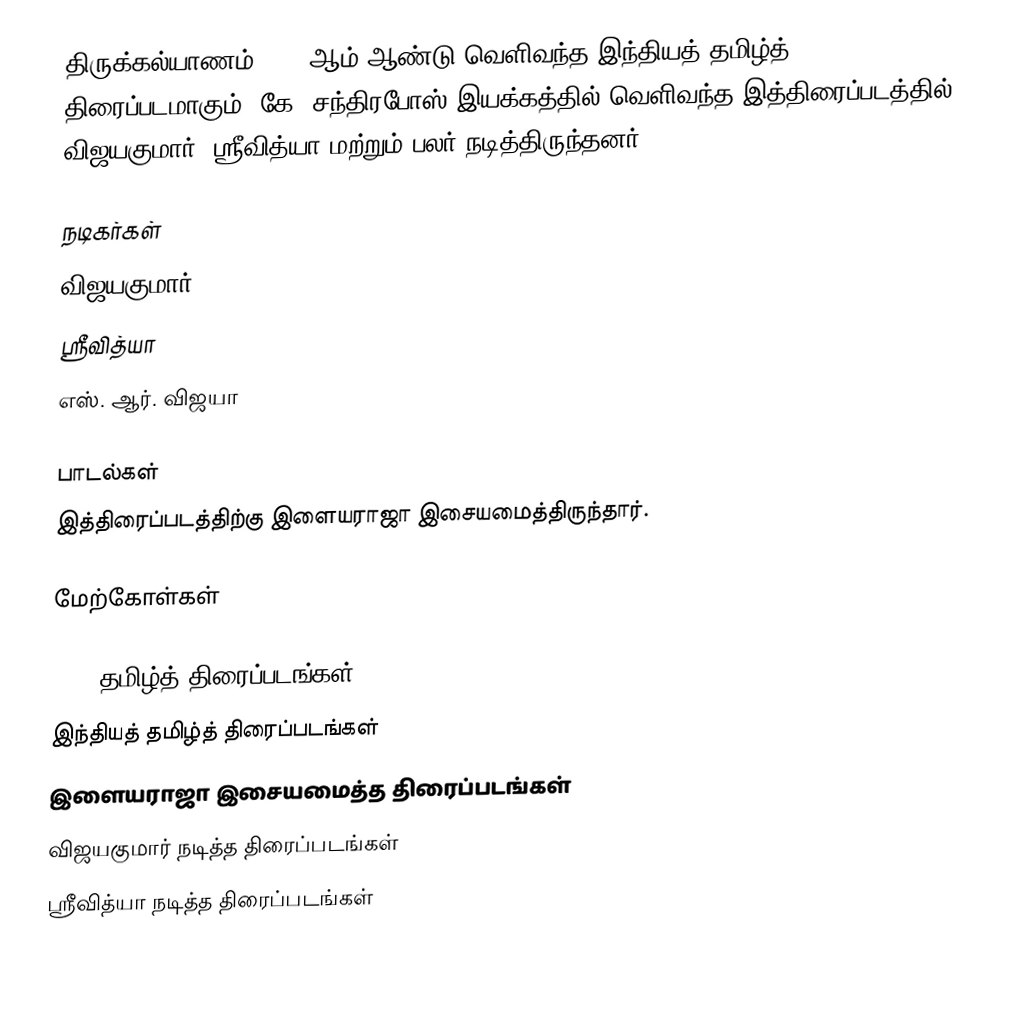
திருக்கல்யாணம் 1978 ஆம் ஆண்டு வெளிவந்த இந்தியத் தமிழ்த் திரைப்படமாகும். கே. சந்திரபோஸ் இயக்கத்தில் வெளிவந்த இத்திரைப்படத்தில் விஜயகுமார், ஸ்ரீவித்யா மற்றும் பலர் நடித்திருந்தனர்.

நடிகர்கள்
விஜயகுமார்
ஸ்ரீவித்யா
எஸ். ஆர். விஜயா

பாடல்கள்
இத்திரைப்படத்திற்கு இளையராஜா இசையமைத்திருந்தார்.

மேற்கோள்கள்

1978 தமிழ்த் திரைப்படங்கள்
இந்தியத் தமிழ்த் திரைப்படங்கள்
இளையராஜா இசையமைத்த திரைப்படங்கள்
விஜயகுமார் நடித்த திரைப்படங்கள்
ஸ்ரீவித்யா நடித்த திரைப்படங்கள்